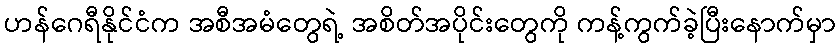
ဟန်ဂေရီနိုင်ငံက အစီအမံတွေရဲ့ အစိတ်အပိုင်းတွေကို ကန့်ကွက်ခဲ့ပြီးနောက်မှာ